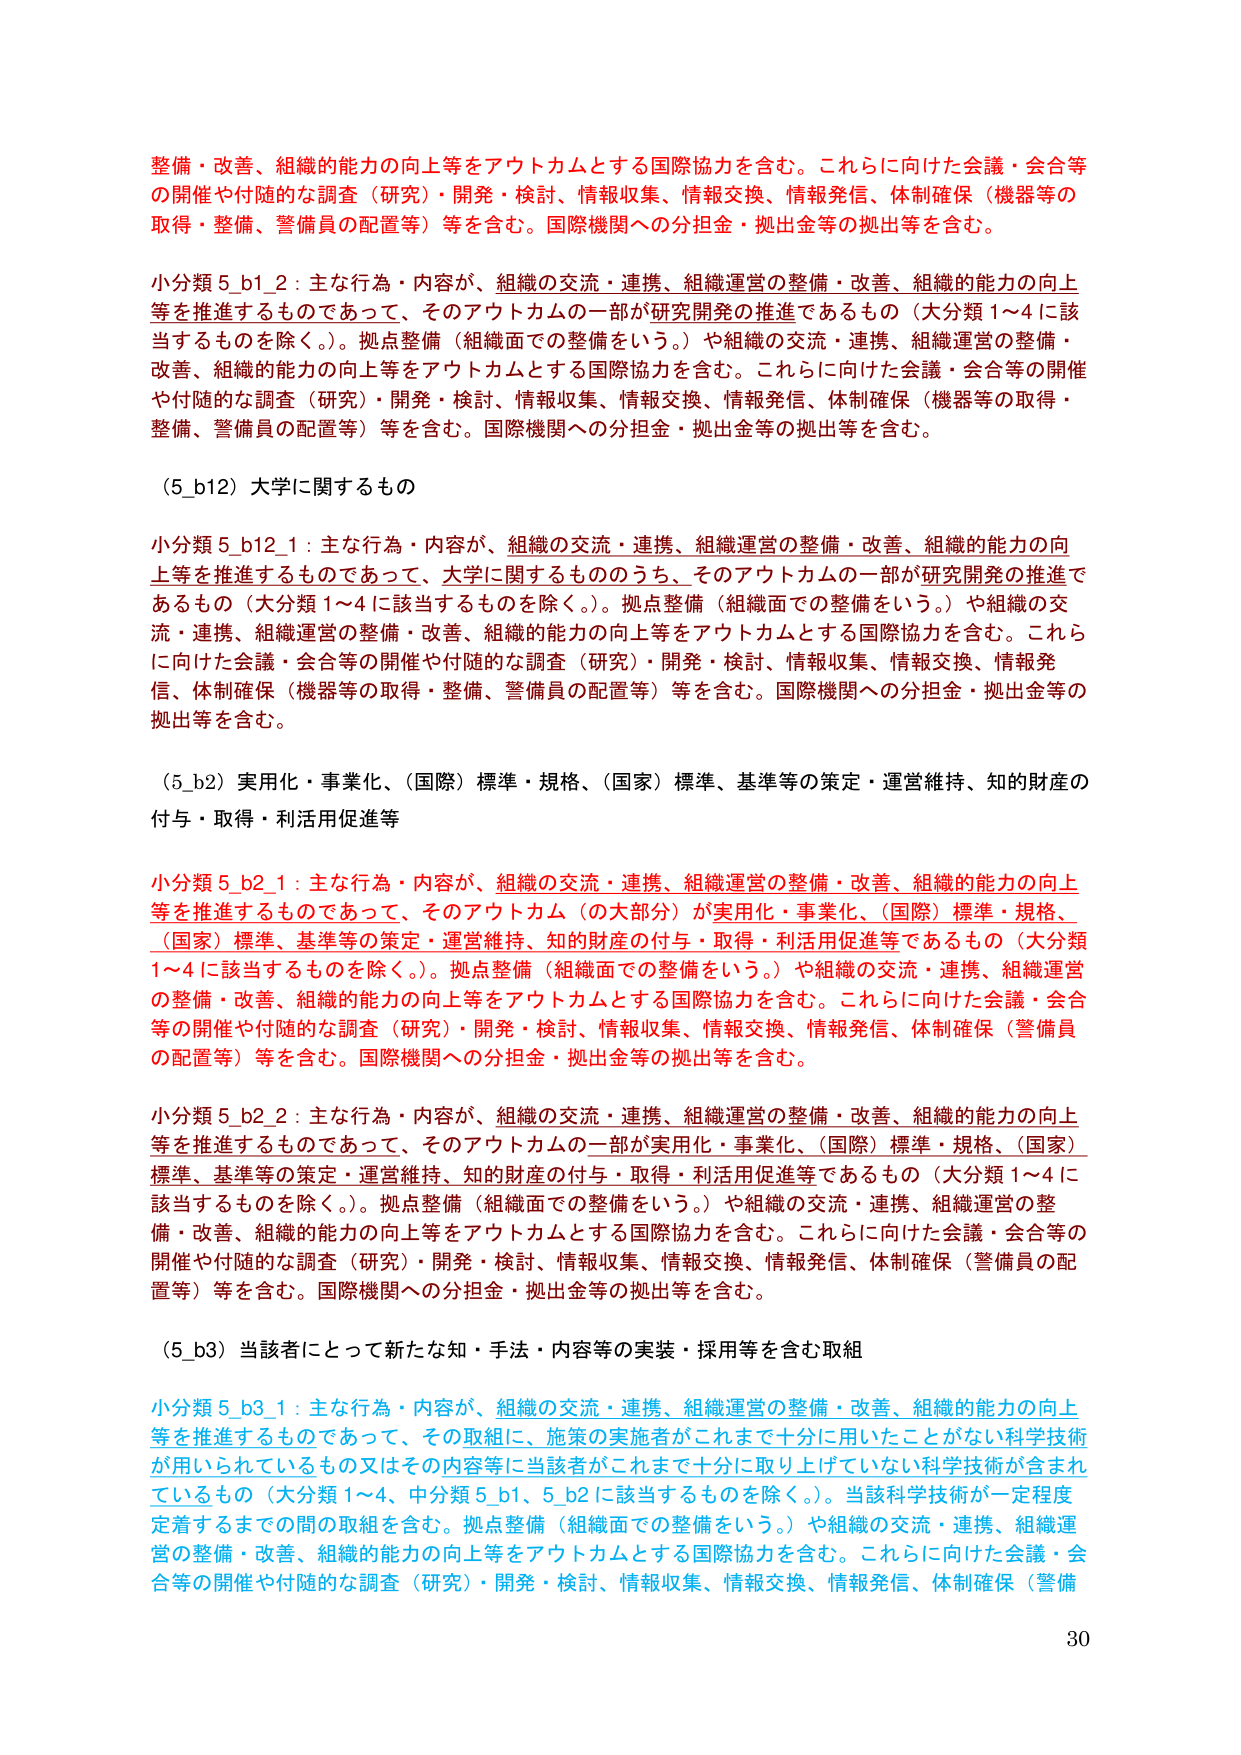
整備・改善、組織的能力の向上等をアウトカムとする国際協力を含む。これらに向けた会議・会合等の開催や付随的な調査（研究）・開発・検討、情報収集、情報交換、情報発信、体制確保（機器等の取得・整備、警備員の配置等）等を含む。国際機関への分担金・拠出金等の拠出等を含む。

小分類 5_b1_2：主な行為・内容が、組織の交流・連携、組織運営の整備・改善、組織的能力の向上等を推進するものであって、そのアウトカムの一部が研究開発の推進であるもの（大分類 1～4 に該当するものを除く。）。拠点整備（組織面での整備をいう。）や組織の交流・連携、組織運営の整備・改善、組織的能力の向上等をアウトカムとする国際協力を含む。これらに向けた会議・会合等の開催や付随的な調査（研究）・開発・検討、情報収集、情報交換、情報発信、体制確保（機器等の取得・整備、警備員の配置等）等を含む。国際機関への分担金・拠出金等の拠出等を含む。

（5_b12）大学に関するもの

小分類 5_b12_1：主な行為・内容が、組織の交流・連携、組織運営の整備・改善、組織的能力の向上等を推進するものであって、大学に関するもののうち、そのアウトカムの一部が研究開発の推進であるもの（大分類 1～4 に該当するものを除く。）。拠点整備（組織面での整備をいう。）や組織の交流・連携、組織運営の整備・改善、組織的能力の向上等をアウトカムとする国際協力を含む。これらに向けた会議・会合等の開催や付随的な調査（研究）・開発・検討、情報収集、情報交換、情報発信、体制確保（機器等の取得・整備、警備員の配置等）等を含む。国際機関への分担金・拠出金等の拠出等を含む。

（5_b2）実用化・事業化、（国際）標準・規格、（国家）標準、基準等の策定・運営維持、知的財産の付与・取得・利活用促進等

小分類 5_b2_1：主な行為・内容が、組織の交流・連携、組織運営の整備・改善、組織的能力の向上等を推進するものであって、そのアウトカム（の大部分）が実用化・事業化、（国際）標準・規格、（国家）標準、基準等の策定・運営維持、知的財産の付与・取得・利活用促進等であるもの（大分類 1～4 に該当するものを除く。）。拠点整備（組織面での整備をいう。）や組織の交流・連携、組織運営の整備・改善、組織的能力の向上等をアウトカムとする国際協力を含む。これらに向けた会議・会合等の開催や付随的な調査（研究）・開発・検討、情報収集、情報交換、情報発信、体制確保（警備員の配置等）等を含む。国際機関への分担金・拠出金等の拠出等を含む。

小分類 5_b2_2：主な行為・内容が、組織の交流・連携、組織運営の整備・改善、組織的能力の向上等を推進するものであって、そのアウトカムの一部が実用化・事業化、（国際）標準・規格、（国家）標準、基準等の策定・運営維持、知的財産の付与・取得・利活用促進等であるもの（大分類 1～4 に該当するものを除く。）。拠点整備（組織面での整備をいう。）や組織の交流・連携、組織運営の整備・改善、組織的能力の向上等をアウトカムとする国際協力を含む。これらに向けた会議・会合等の開催や付随的な調査（研究）・開発・検討、情報収集、情報交換、情報発信、体制確保（警備員の配置等）等を含む。国際機関への分担金・拠出金等の拠出等を含む。

（5_b3）当該者にとって新たな知・手法・内容等の実装・採用等を含む取組

小分類 5_b3_1：主な行為・内容が、組織の交流・連携、組織運営の整備・改善、組織的能力の向上等を推進するものであって、その取組に、施策の実施者がこれまで十分に用いたことがない科学技術が用いられているもの又はその内容等に当該者がこれまで十分に取り上げていない科学技術が含まれているもの（大分類 1～4、中分類 5_b1、5_b2 に該当するものを除く。）。当該科学技術が一定程度定着するまでの間の取組を含む。拠点整備（組織面での整備をいう。）や組織の交流・連携、組織運営の整備・改善、組織的能力の向上等をアウトカムとする国際協力を含む。これらに向けた会議・会合等の開催や付随的な調査（研究）・開発・検討、情報収集、情報交換、情報発信、体制確保（警備

30